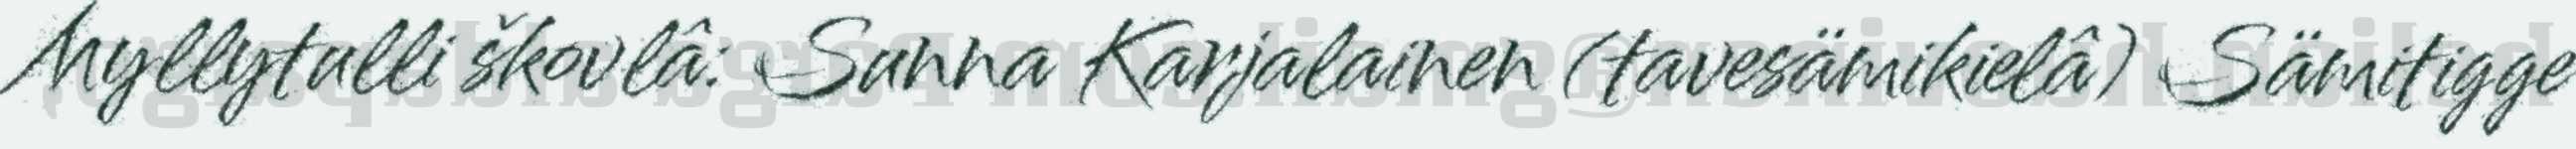
Myllytulli škovlâ: Sunna Karjalainen (tavesämikielâ) Sämitigge